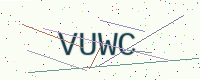
Text: VUWC